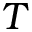
T